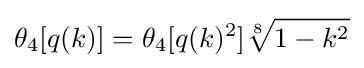
\theta _{4}[q(k)]=\theta _{4}[q(k)^{2}]{\sqrt[{8}]{1-k^{2}}}